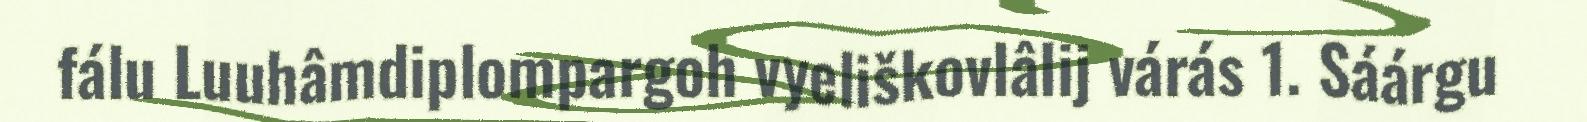
fálu Luuhâmdiplompargoh vyeliškovlâlij várás 1. Sáárgu